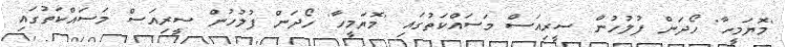
'މޮޔަމީހާ' ހޯދަން ފުލުހުން ސީރިއަސް މަސައްކަތުގައި 'މޮޔަމީހާ' ހޯދަން ފުލުހުން ސީރިއަސް މަސައްކަތުގައި